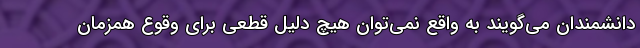
دانشمندان می‌گویند به واقع نمی‌توان هیچ دلیل قطعی برای وقوع همزمان